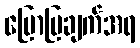
ပြောပြချက်အရ